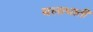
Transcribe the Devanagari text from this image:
बलाघाती